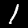
Digit: 1